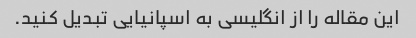
این مقاله را از انگلیسی به اسپانیایی تبدیل کنید.